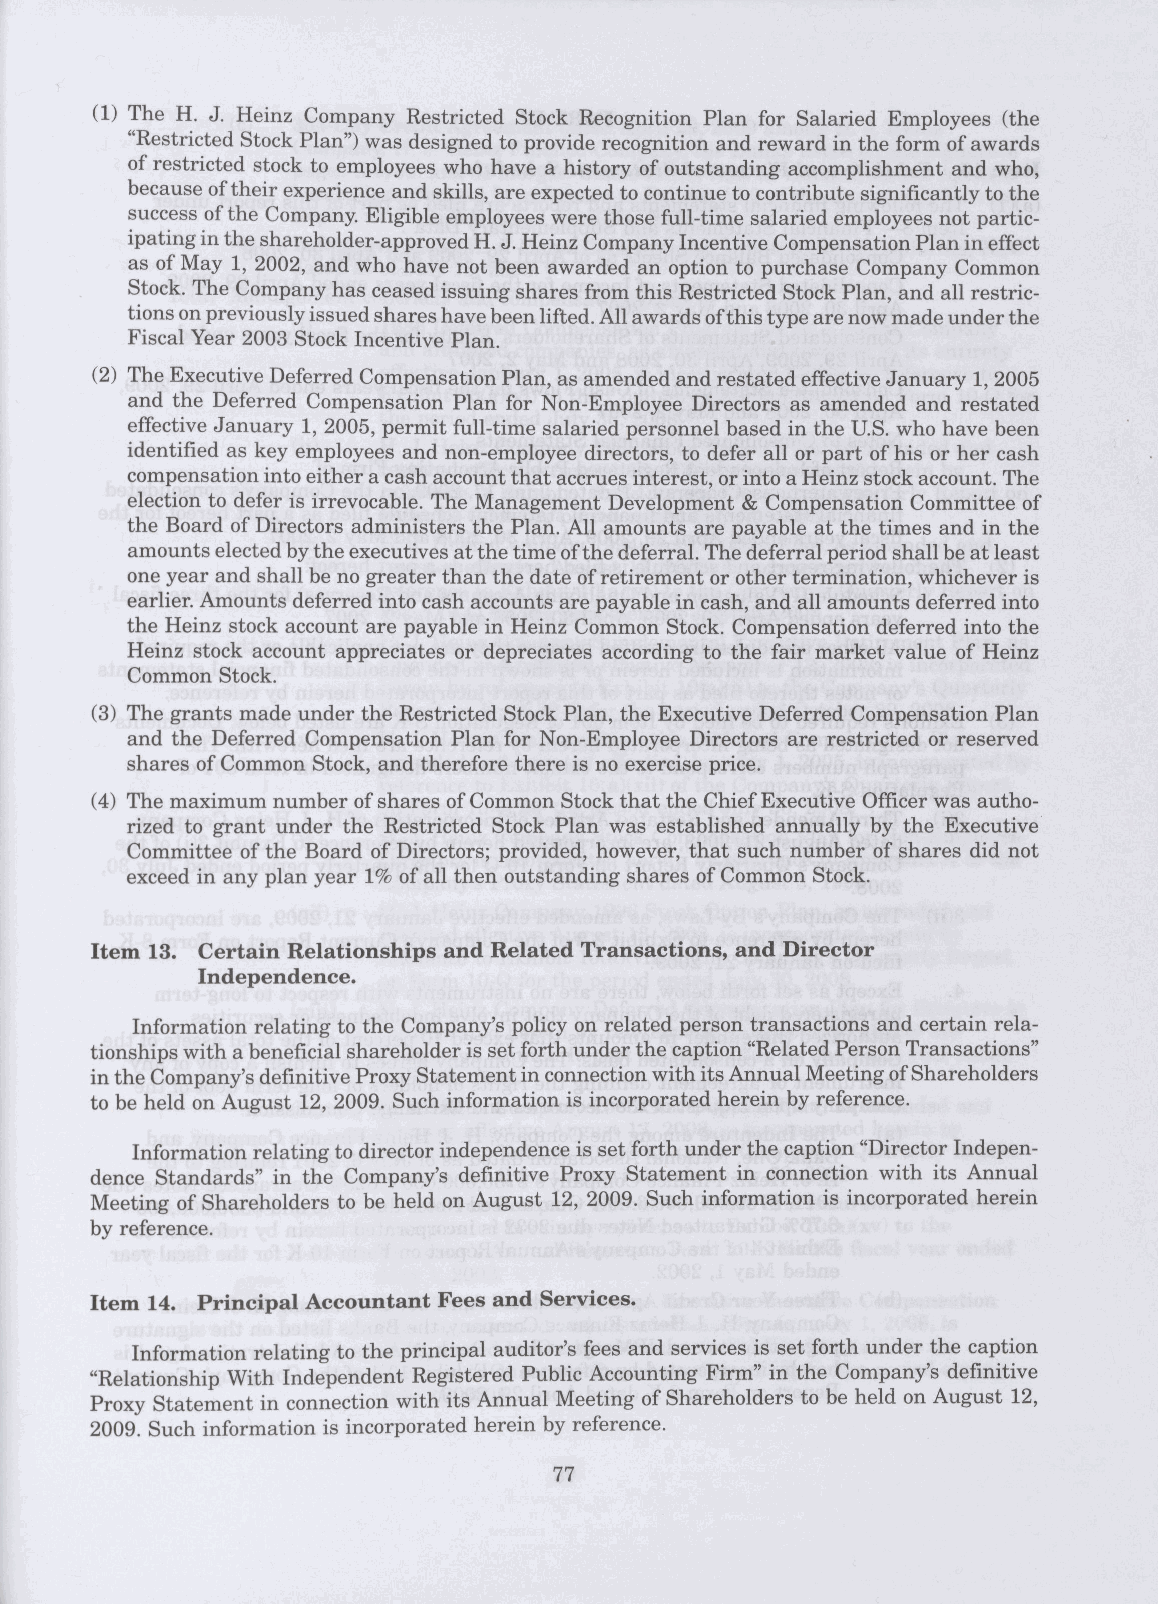
(1) The H. J. Heinz Company Restricted Stock Recognition Plan for Salaried Employees (the
 "Restricted Stock Plan") was designed to provide recognition and reward in the form of awards
 of restricted stock to employees who have a history of outstanding accomplishment and who,
 because of their experience and skills, are expected to continue to contribute significantly to the
 success of the Company. Eligible employees were those full-time salaried employees not partic-
 ipating in the shareholder-approved H. J. Heinz Company Incentive Compensation Plan in effect
 as of May 1, 2002, and who have not been awarded an option to purchase Company Common
 Stock. The Company has ceased issuing shares from this Restricted Stock Plan, and all restric-
 tions on previously issued shares have been lifted. All awards of this type are now made under the
 Fiscal Year 2003 Stock Incentive Plan.
 (2) The Executive Deferred Compensation Plan, as amended and restated effective January 1, 2005
 and the Deferred Compensation Plan for Non-Employee Directors as amended and restated
 effective January 1, 2005, permit full-time salaried personnel based in the U.S. who have been
 identified as key employees and non-employee directors, to defer all or part of his or her cash
 compensation into either a cash account that accrues interest, or into a Heinz stock account. The
 election to defer is irrevocable. The Management Development & Compensation Committee of
 the Board of Directors administers the Plan. All amounts are payable at the times and in the
 amounts elected by the executives at the time of the deferral. The deferral period shall be at least
 one year and shall be no greater than the date of retirement or other termination, whichever is
 earlier. Amounts deferred into cash accounts are payable in cash, and all amounts deferred into
 the Heinz stock account are payable in Heinz Common Stock. Compensation deferred into the
 Heinz stock account appreciates or depreciates according to the fair market value of Heinz
 Common Stock.
 (3) The grants made under the Restricted Stock Plan, the Executive Deferred Compensation Plan
 and the Deferred Compensation Plan for Non-Employee Directors are restricted or reserved
 shares of Common Stock, and therefore there is no exercise price.
 (4) The maximum number of shares of Common Stock that the Chief Executive Officer was autho-
 rized to grant under the Restricted Stock Plan was established annually by the Executive
 Committee of the Board of Directors; provided, however, that such number of shares did not
 exceed in any plan year 1% of all then outstanding shares of Common Stock.
 Item 13. Certain Relationships and Related Transactions, and Director
 Independence.
 Information relating to the Company's policy on related person transactions and certain rela-
 tionships with a beneficial shareholder is set forth under the caption "Related Person Transactions"
 in the Company's definitive Proxy Statement in connection with its Annual Meeting of Shareholders
 to be held on August 12, 2009. Such information is incorporated herein by reference.
 Information relating to director independence is set forth under the caption "Director Indepen-
 dence Standards" in the Company's definitive Proxy Statement in connection with its Annual
 Meeting of Shareholders to be held on August 12, 2009. Such information is incorporated herein
 by reference.
 Item 14. Principal Accountant Fees and Services.
 Information relating to the principal auditor's fees and services is set forth under the caption
 "Relationship With Independent Registered Public Accounting Firm" in the Company's definitive
 Proxy Statement in connection with its Annual Meeting of Shareholders to be held on August 12,
 2009. Such information is incorporated herein by reference.